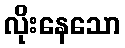
လိုးနေသော